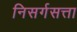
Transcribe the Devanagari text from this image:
निसर्गसत्ता